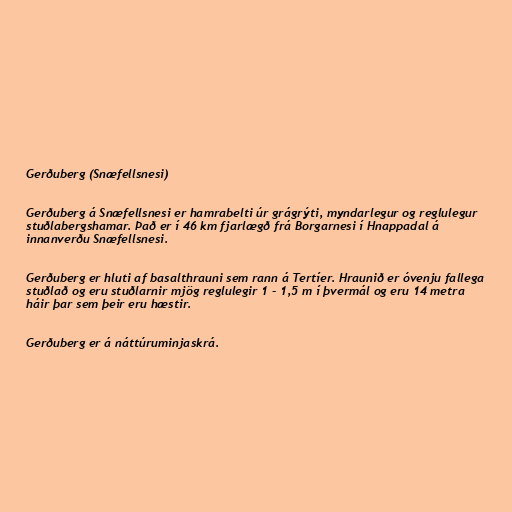
Gerðuberg (Snæfellsnesi)

Gerðuberg á Snæfellsnesi er hamrabelti úr grágrýti, myndarlegur og reglulegur
stuðlabergshamar. Það er í 46 km fjarlægð frá Borgarnesi í Hnappadal á
innanverðu Snæfellsnesi.

Gerðuberg er hluti af basalthrauni sem rann á Tertíer. Hraunið er óvenju fallega
stuðlað og eru stuðlarnir mjög reglulegir 1 - 1,5 m í þvermál og eru 14 metra
háir þar sem þeir eru hæstir.

Gerðuberg er á náttúruminjaskrá.